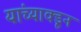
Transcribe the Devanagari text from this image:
यांच्याक्डून